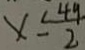
x \leq \frac { 4 9 } { 2 }